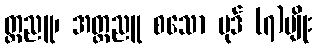
တ္ထညူ၊ အတ္တညူ စသော ပုဒ် (၇)မျိုး